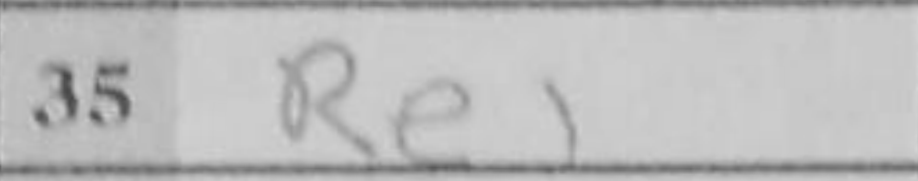
Transcription: Re1